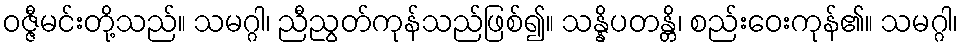
ဝဇ္ဇီမင်းတို့သည်။ သမဂ္ဂါ၊ ညီညွတ်ကုန်သည်ဖြစ်၍။ သန္နိပတန္တိ၊ စည်းဝေးကုန်၏။ သမဂ္ဂါ၊